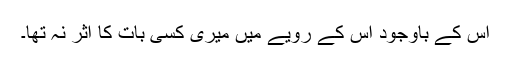
اس کے باوجود اس کے رویے میں میری کسی بات کا اثر نہ تھا۔